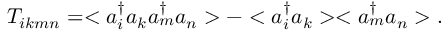
T _ { i k m n } = < a _ { i } ^ { \dag } a _ { k } a _ { m } ^ { \dag } a _ { n } > - < a _ { i } ^ { \dag } a _ { k } > < a _ { m } ^ { \dag } a _ { n } > .